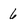
Character: 6